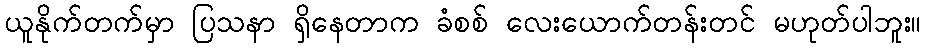
ယူနိုက်တက်မှာ ပြသနာ ရှိနေတာက ခံစစ် လေးယောက်တန်းတင် မဟုတ်ပါဘူး။